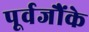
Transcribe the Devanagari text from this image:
पूर्वजौंके